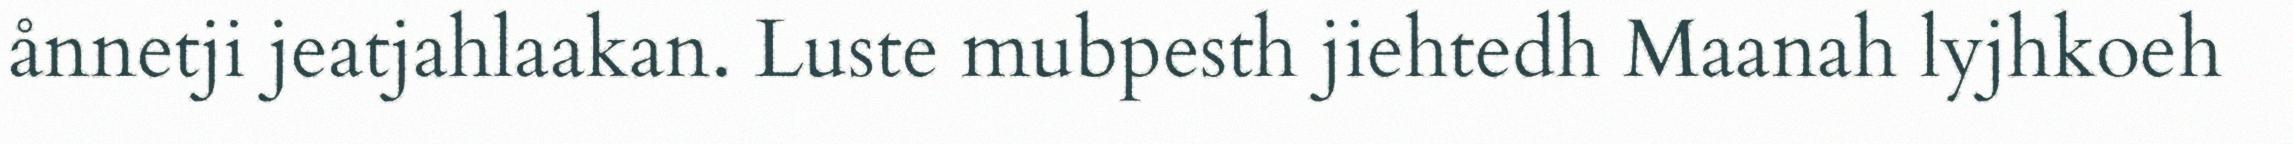
ånnetji jeatjahlaakan. Luste mubpesth jiehtedh Maanah lyjhkoeh